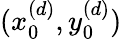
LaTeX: (x_{0}^{(d)},y_{0}^{(d)})